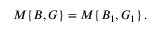
M \{ B , G \} = M \{ B _ { 1 } , G _ { 1 } \} \, .